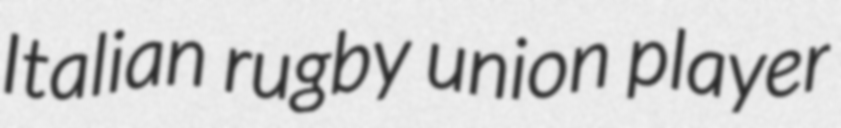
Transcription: Italian rugby union player